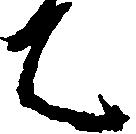
は